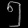
Digit: ၅